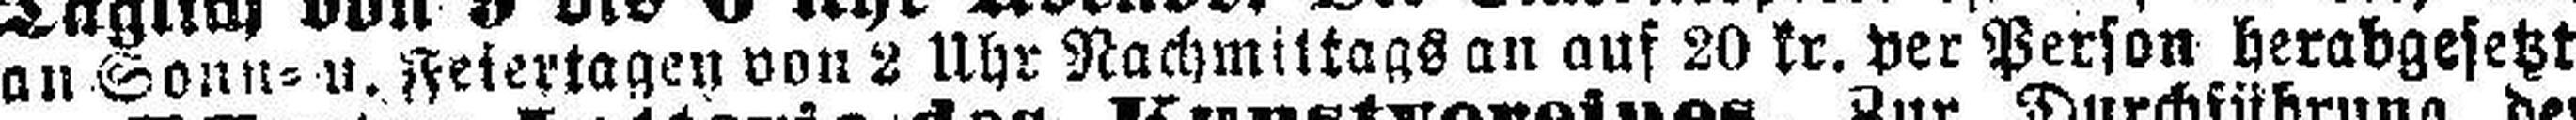
an Sonn= u. Feiertagen von 2 Uhr Nachmittags an auf 20 kr. per Person herabgesetzt.